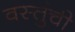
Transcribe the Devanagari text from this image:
वस्तुंची